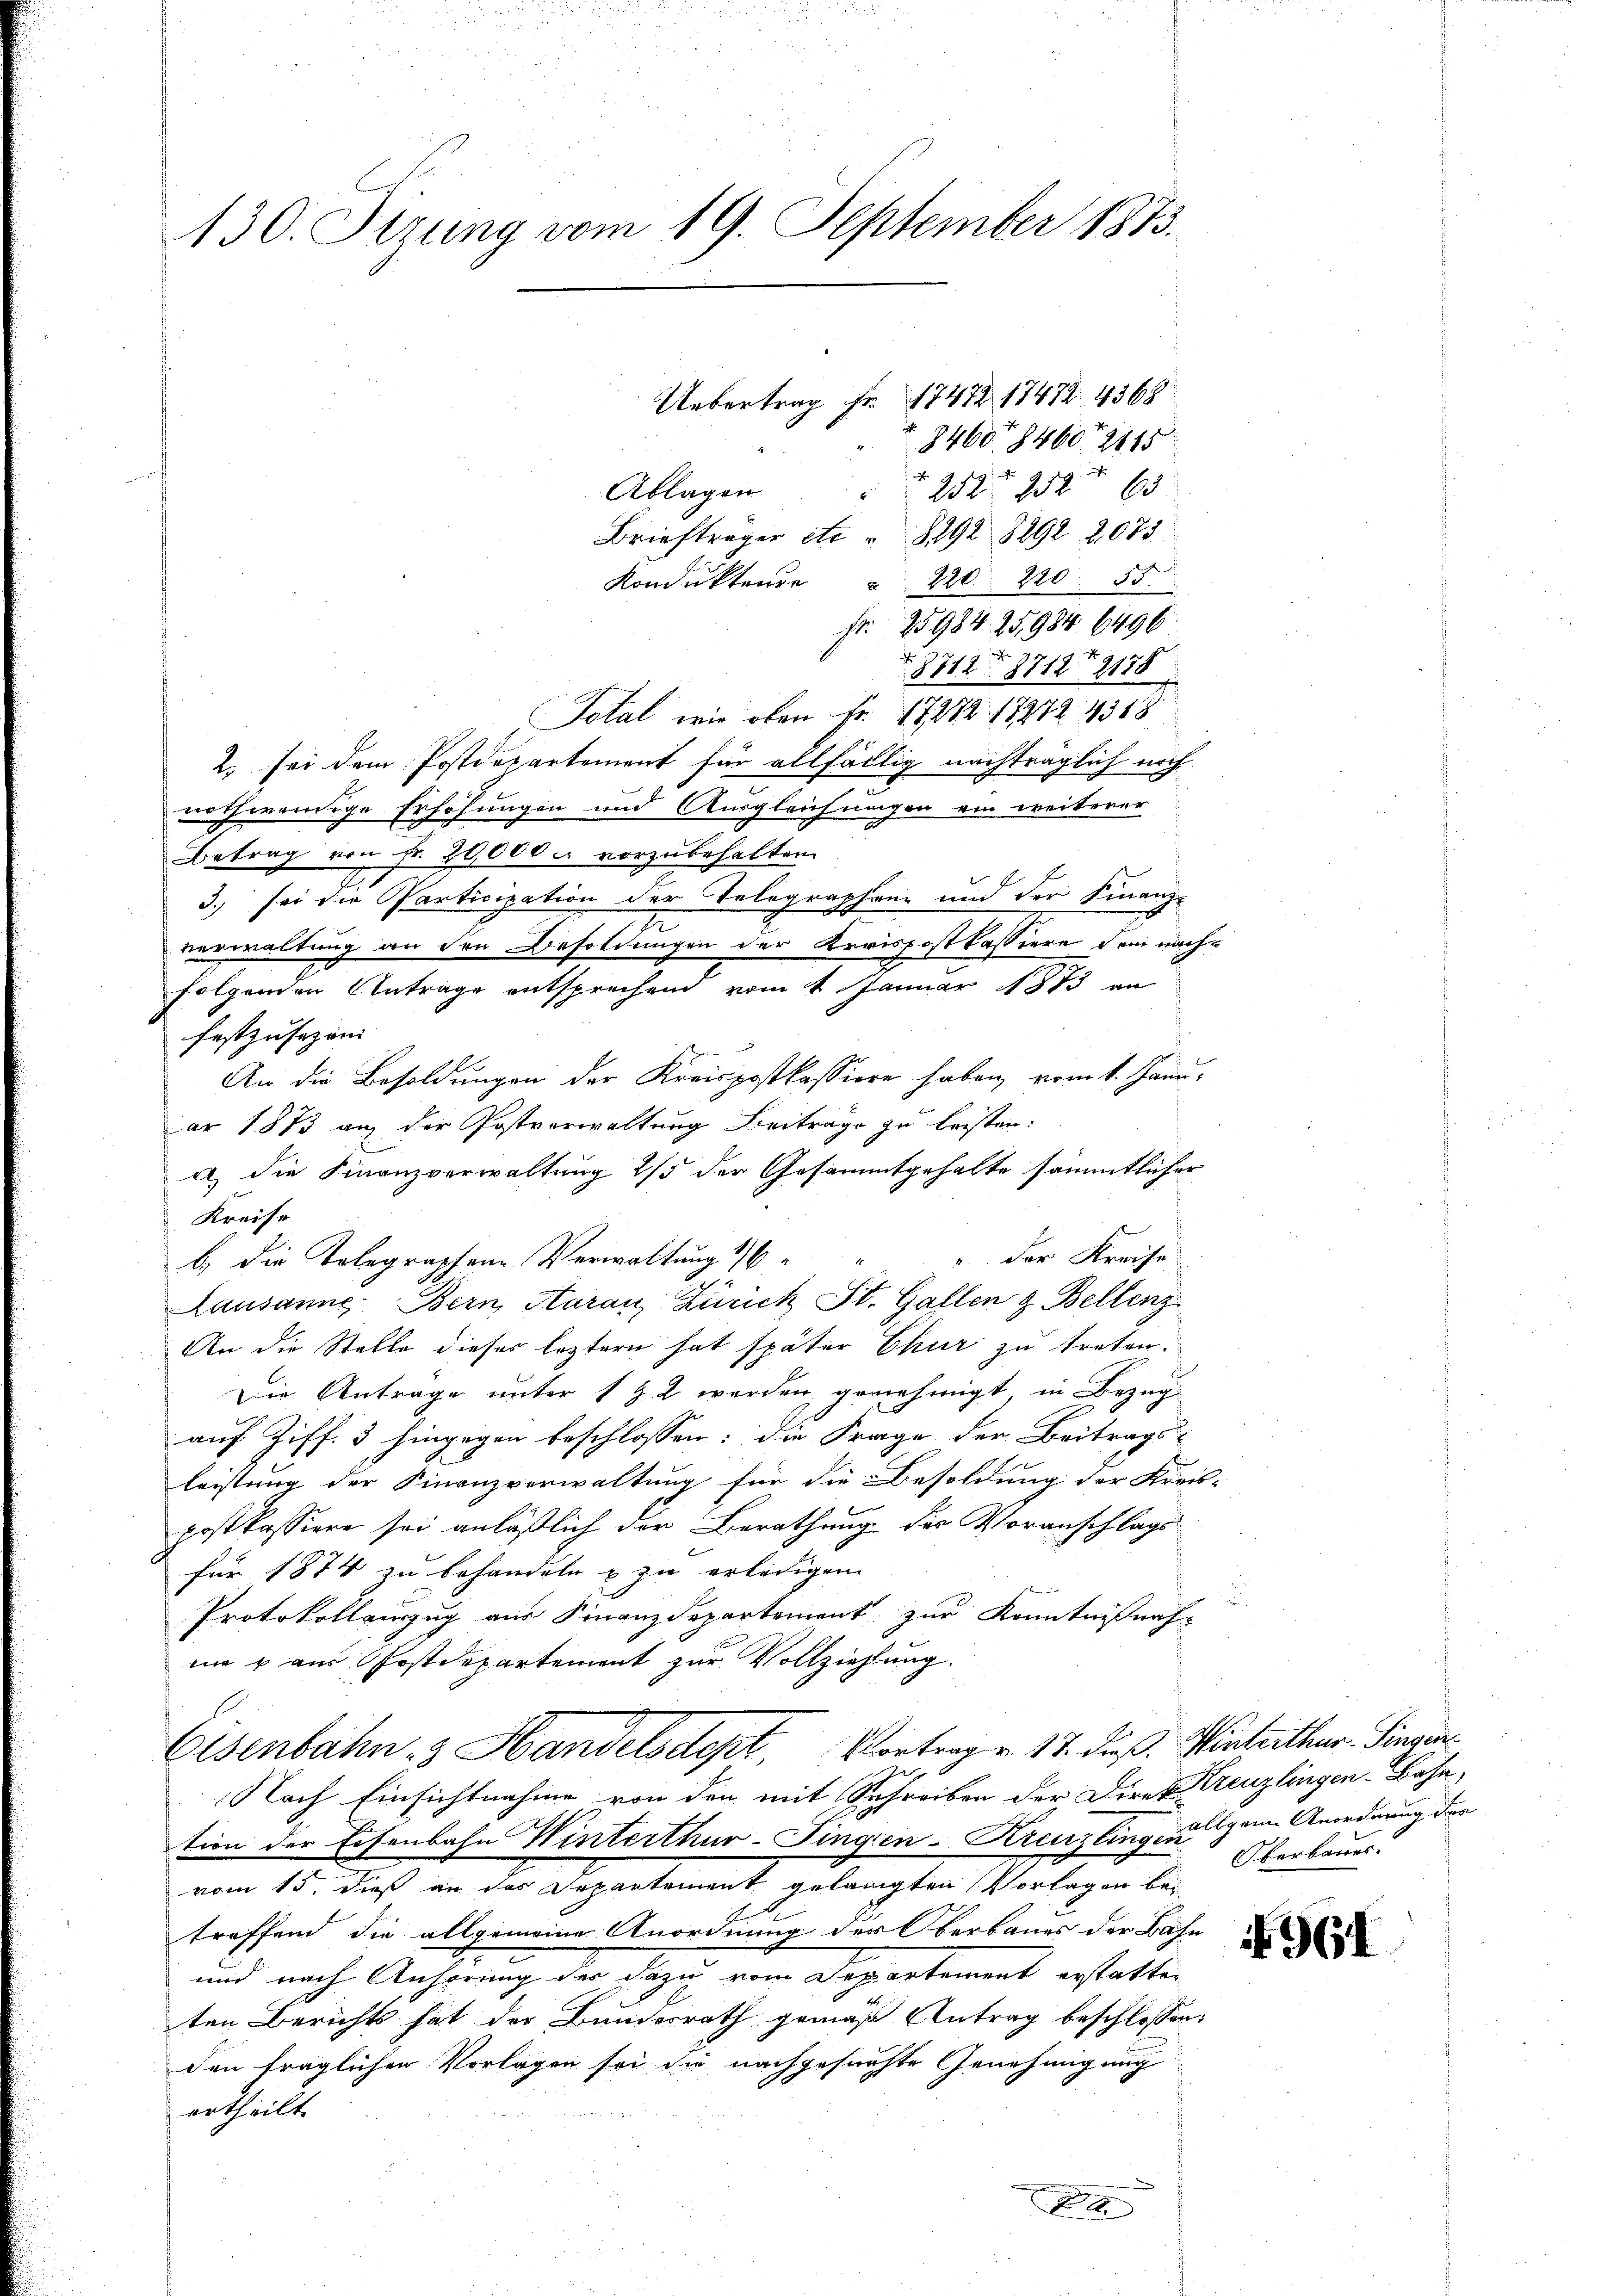
130. Sitzung vom 19. September 1873.

Fr. 25984 25984. 6496.
r
8712 8712 f 2178
Total, wie oben Fr. 17272 17272 4518
2. sei dem Postdepartement für allfällig nachträglich noch
nothwendige Erhöhungen und Ausgleichungen ein weiterer
Betrag von Fr. 20,000 u. vorzubehalten.
3.) sei die Participation der Telegraphen und der Finanz-
verwaltung an den Besoldungen der Kreispostkassiere dem nachfolgenden Antrage entsprechend vom 4. Januar 1883 an
An die Besoldungen der Kreispostkassione haben, vom 1. Januar 1873 an der Postverwaltung Beiträge zu leisten:
u die Finanzverwaltung 2/3 der Gesammtgehalte sämmtlicher
Kreise
 der Kreise
b.) die Tolegraphen Verwaltung 1
Lausanne Bern, Aarau, Zürich St. Gallen & Bellenz
An die Stelle dieses leztern hat später Chur zu treten.
Die Antrage unter 1 § 2 werden genehmigt, in Bezugauf Ziff. 3 hingegen beschlossen: die Frage der Beitrags-
leistung der Finanzverwaltung für die Besoldung der Kreis-
postkassiere sei anläßlich der Berathung des Voranschlags
für 1874 zu behandeln & zu erledigen
Protokollauszug aus Finanzdepartement zur Kenntnißnah
in  aus Postdepartement zur Vollziehung.
Eisenbahn & Handelsdept, Vortrag v. 17. dieß. Winterthur. Singen.
e
Nach Einsichtnahme von den mit Schreiben der Direkreuzlingen-Bahn,
tion der Eisenbahn Winterthur-Fingen-Kreuzling aus gan Anordnung der
vom 15. dieß an des Departement gelangten Vorlagen be¬
E
troffend die allgemeine Anordnung der Oberbaues der Bahn
und nach Anhörung der dazu vom Departement erstatten
ten Berichts hat der Bundesrath gemäß Antrag beschlossen:
den fraglichen Vorlagen sei die nachgesuchte Genehmigung
ertheilt.

festzusezen

Uebertrag Fr. 17472 17472. 4368
846084602115
e
252 252 f. 63
Ablagen
Briefträger etc. " 8292 8292 2075
Kondukteure " 220. 220. 55

x

Oberbaues

4961